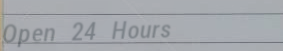
Open 24 Hours